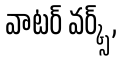
వాటర్ వర్క్స్ ,